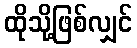
ထိုသို့ဖြစ်လျှင်